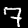
Digit: 7